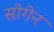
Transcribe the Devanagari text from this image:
सोगेन